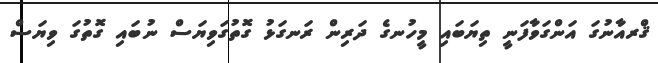
ޤްރއާނުގަ އަންގަވާފަަނީ ތިޔަބައި މީހުނގެ ދަރިން ރަނގަޅު ގޮތުގަވިޔަސް ނުބައި ގޮތުގަ ވިޔަސް